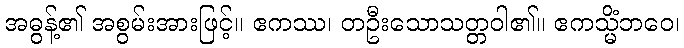
အဓွန့်၏ အစွမ်းအားဖြင့်။ ဧကဿ၊ တဦးသောသတ္တဝါ၏။ ဧကသ္မိံဘဝေ၊